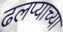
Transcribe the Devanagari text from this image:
ढलप्याच्या